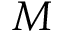
M